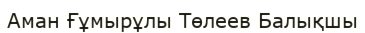
Аман Ғұмырұлы Төлеев Балықшы